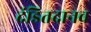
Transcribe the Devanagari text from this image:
दंडितदानव